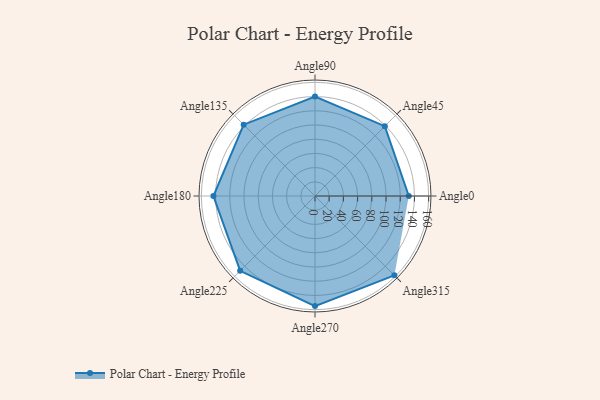
{"axis": {"x": "Angle", "y": "Radius"}, "legend": [""], "data": [{"x": "Angle0", "y": 132.0, "type": ""}, {"x": "Angle45", "y": 139.0, "type": ""}, {"x": "Angle90", "y": 140.0, "type": ""}, {"x": "Angle135", "y": 142.0, "type": ""}, {"x": "Angle180", "y": 143.0, "type": ""}, {"x": "Angle225", "y": 149.0, "type": ""}, {"x": "Angle270", "y": 155.0, "type": ""}, {"x": "Angle315", "y": 158.0, "type": ""}]}